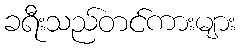
ခရီးသည်တင်ကားများ